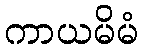
ကာယမိမံ